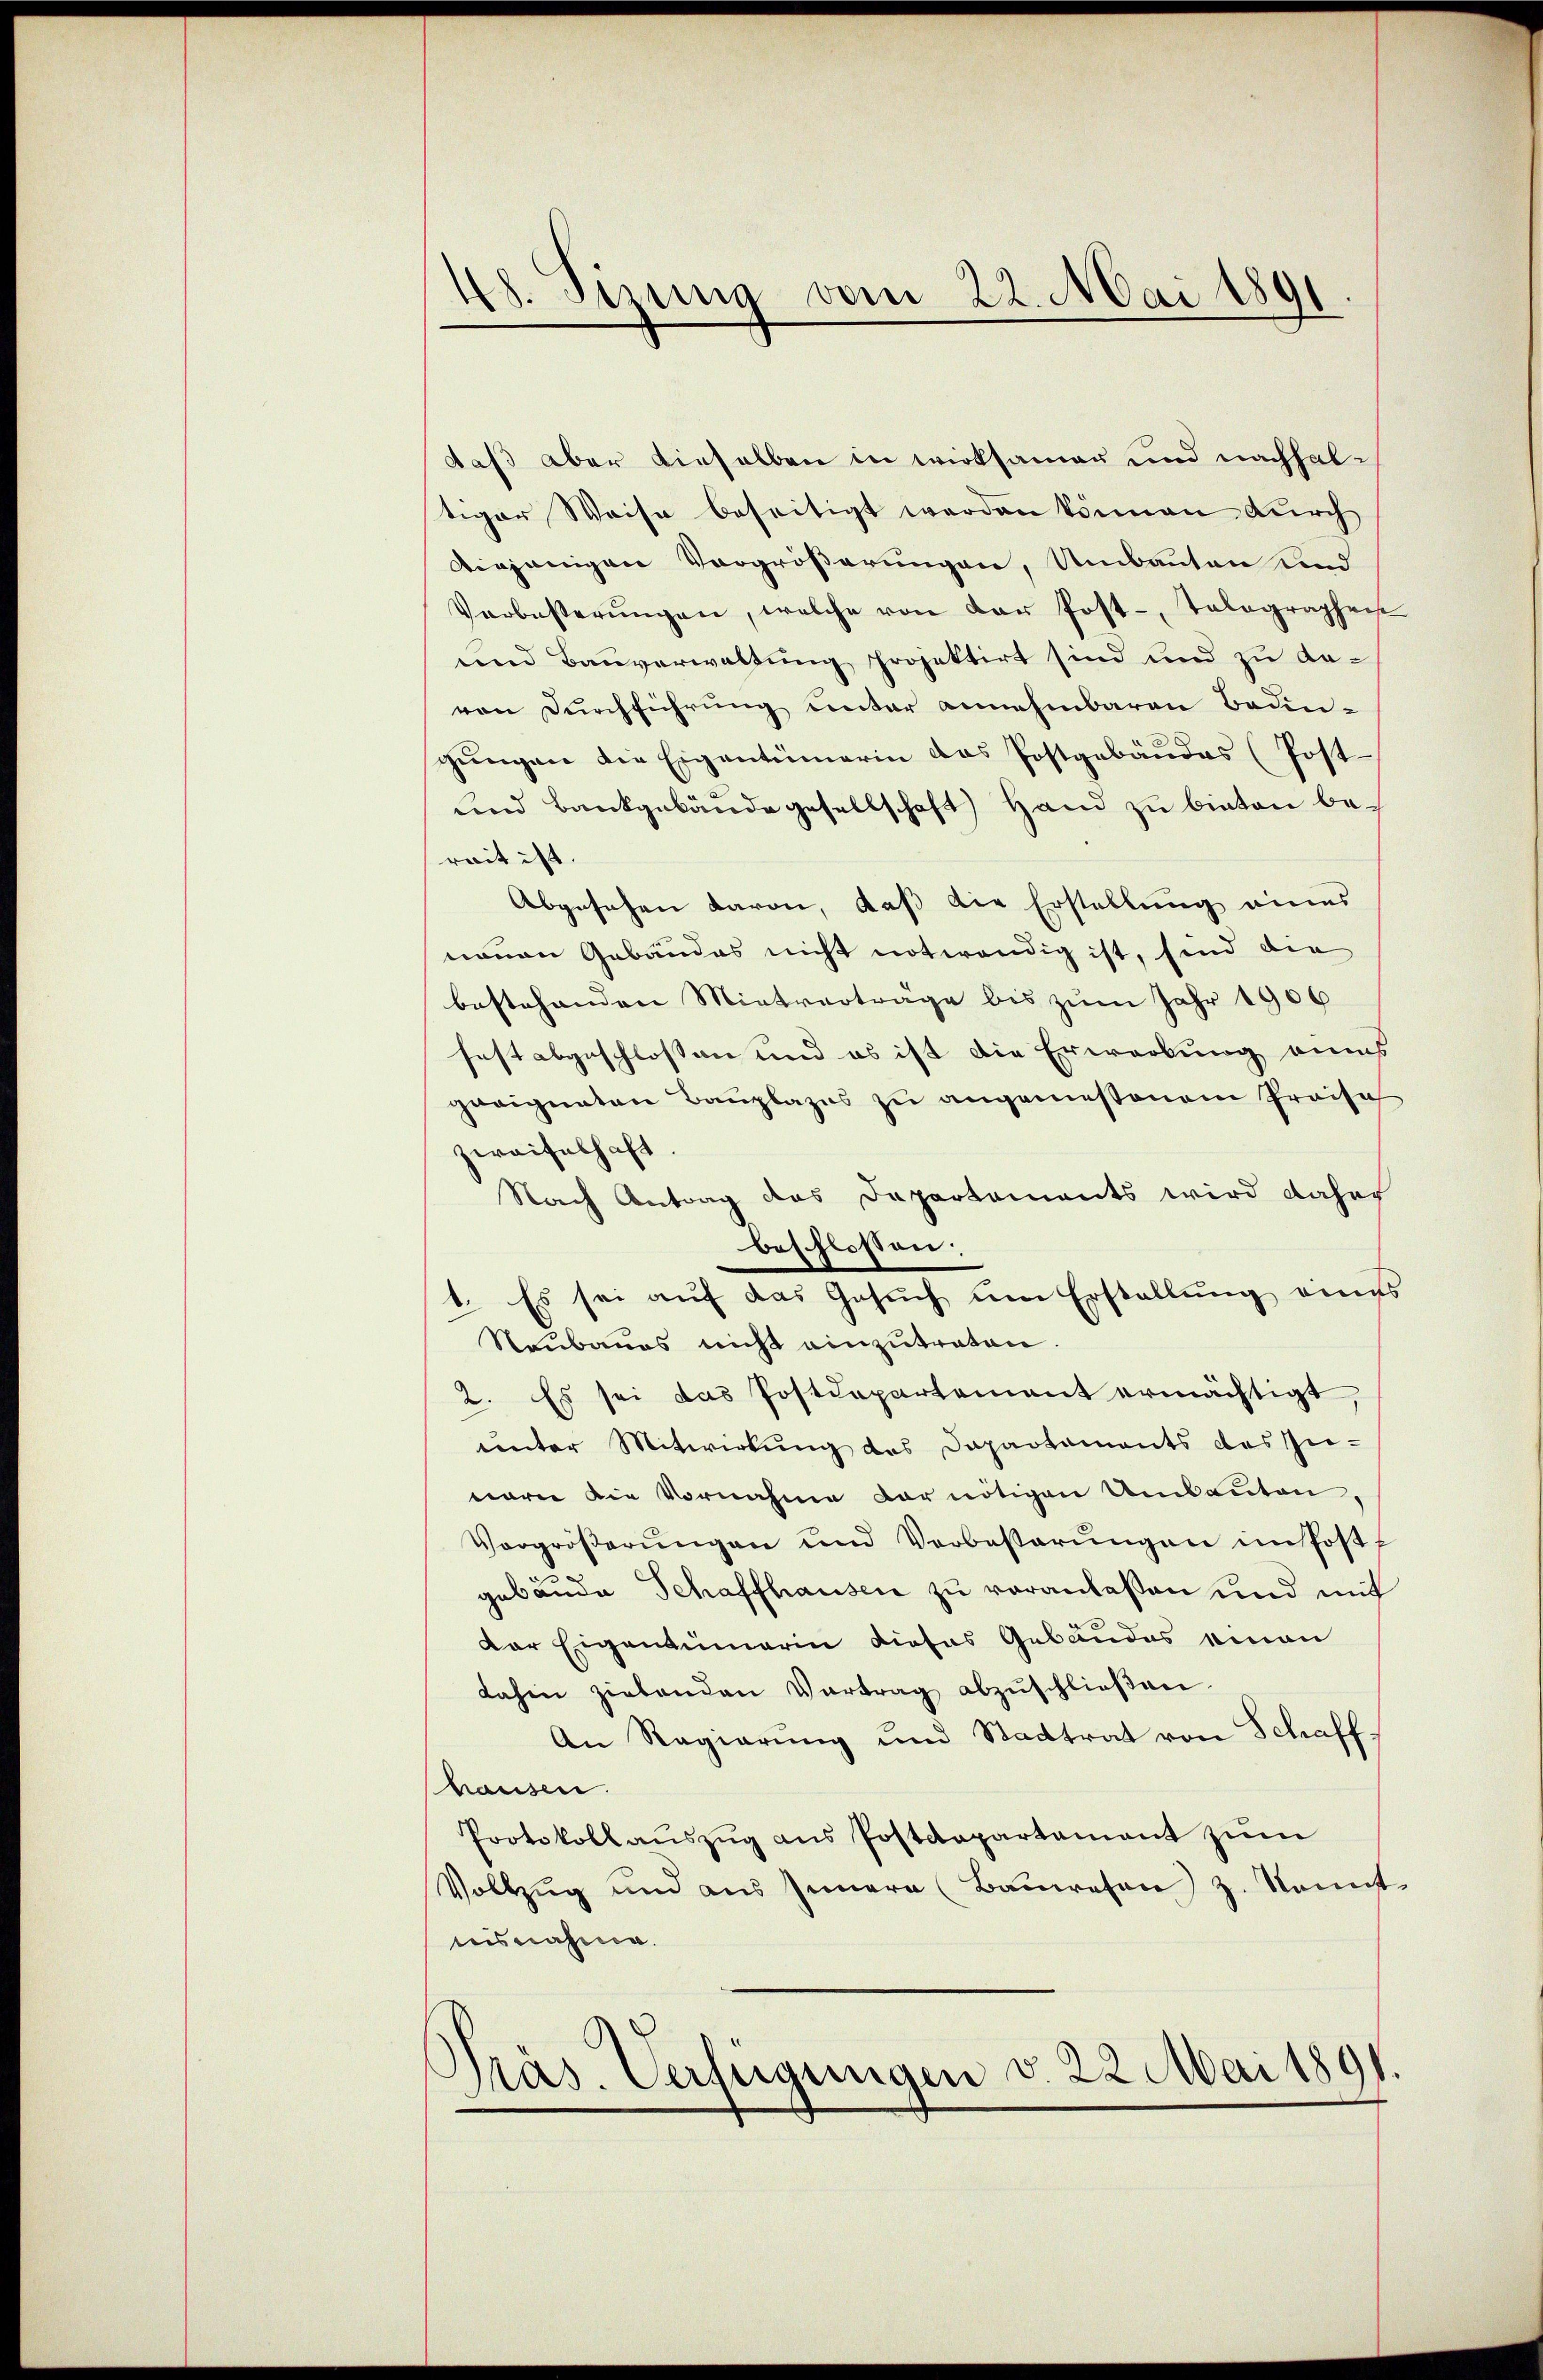
48. Siena vom 22. Mai 1891.

daß aber dieselben in wirksamer und nachhaltiger Weise beseitigt werden können durch
diejenigen Vergrößerungen, Umbauten und
Verbesterŭngen, welche von der Post- Tolographeis
und Bauverwaltung projektirt sind und zu davon Durchführung unter annehmbaren Bedin-
gŭngen die Eigentümerin das Postgebäŭdes (Post-
und Bankgebäude gesellschaft Hand zu bieten berait ist.
Abgesehen davon, daß die Erstellung eines
nauen Gebäudes nicht notwendig ist, sind die
bestehenden Mietvertrage bis zum Jahr 1906
fest abgeschlossen und es ist die Erwerbung eines
geeigneten Bauplazes zu angemessenem Preise
zweifelhaft.
Nach Antrag das Departements wird daher
beschlossen:
1. Es sei auf das Gesuch um Erstellung eines
Reubaues nicht einzutreten
2. Es sei das Postdepartement ermächtigt,
unter Mitwirkung des Dapartaments des Innaren die Vornahme der nötigen Umbauten
Vergröβerŭngen und Verbesserŭngen im Post¬
.
gebäude Schaffhausen zu veranlaßen und mit
Der Eigentümerin dieses Gebäudes einen
dahin zielenden Vertrag abzŭschlieβen.
An Regierung und Stadtrat von Schaffhausen.
Protokollaŭszŭg ans Postdepartement zŭm
Vollzug und aŭs Innern (Baŭwesen z. Sonnt
nisnahme.

Präs. Verfügungen v. 22. Mai 1891.